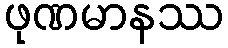
ဖုဏမာနဿ